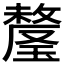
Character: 𬎕